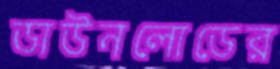
ডাউনলোডের